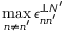
\operatorname* { m a x } _ { n \neq n ^ { \prime } } \epsilon _ { n n ^ { \prime } } ^ { \perp N ^ { \prime } }